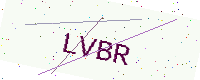
Text: LVBR